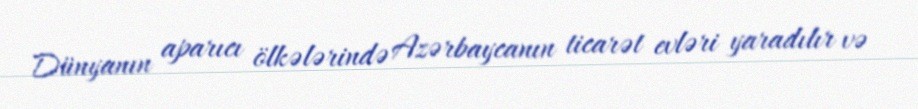
Dünyanın aparıcı ölkələrində Azərbaycanın ticarət evləri yaradılır və